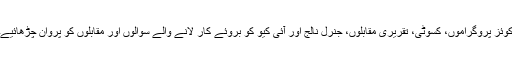
کوئز پروگراموں، کسوٹی، تقریری مقابلوں، جنرل نالج اور آئی کیو کو بروئے کار لانے والے سوالوں اور مقابلوں کو پروان چڑھائیے۔